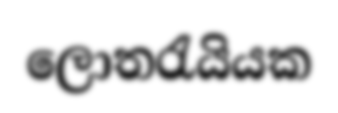
ලොතරැයියක